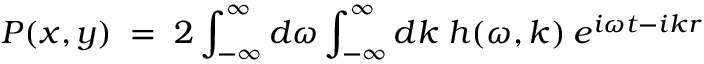
P ( x , y ) \; = \; 2 \int _ { - \infty } ^ { \infty } d \omega \int _ { - \infty } ^ { \infty } d k \; h ( \omega , k ) \: e ^ { i \omega t - i k r }